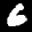
Label: 6